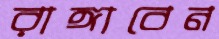
রাঙ্গাবেন